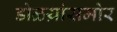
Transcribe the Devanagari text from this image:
डोळय़ांसमोर